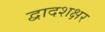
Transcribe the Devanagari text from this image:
द्वादशक्षर